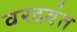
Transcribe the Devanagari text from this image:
वरदवंत